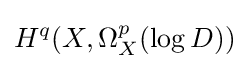
H^{q}(X,\Omega _{X}^{p}(\log D))